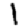
Digit: 1